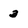
Character: 3